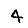
Digit: 4